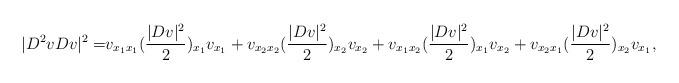
LaTeX: \begin{align*}|D^2v Dv |^2=& v _{x_1x_1}(\frac{|Dv |^2}2)_{x_1}v _{x_1}+v _{x_2x_2}(\frac{|Dv |^2}2)_{x_2}v _{x_2}+v _{x_1x_2}(\frac{|Dv |^2}2)_{x_1}v _{x_2}+ v _{x_2x_1}(\frac{|Dv |^2}2)_{x_2}v _{x_1},\end{align*}